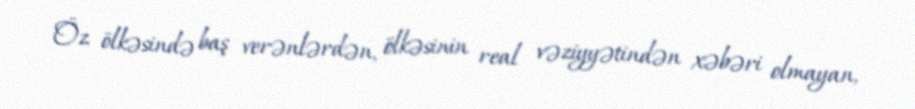
Öz ölkəsində baş verənlərdən, ölkəsinin real vəziyyətindən xəbəri olmayan,